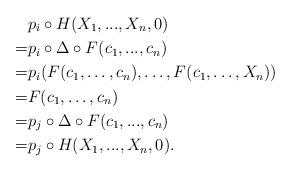
LaTeX: \begin{align*}&p_i \circ H (X_1,...,X_n,0)\\= & p_i \circ \Delta \circ F (c_1,...,c_n)\\=&p_i(F(c_1,\dots,c_n),\dots,F(c_1,\dots, X_n))\\=&F(c_1,\dots,c_n)\\=&p_j \circ \Delta \circ F (c_1,...,c_n)\\=&p_j \circ H (X_1,...,X_n,0).\end{align*}